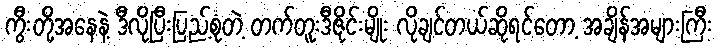
ကွီးတို့အနေနဲ့ ဒီလိုပြီးပြည့်စုံတဲ့ တက်တူးဒီဇိုင်းမျိုး လိုချင်တယ်ဆိုရင်တော့ အချိန်အများကြီး